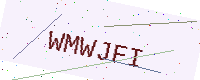
Text: WMWJFI